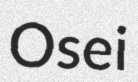
Osei